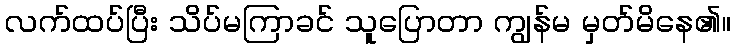
လက်ထပ်ပြီး သိပ်မကြာခင် သူပြောတာ ကျွန်မ မှတ်မိနေ၏။